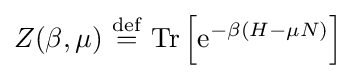
Z(\beta ,\mu )\ {\stackrel {\mathrm {def} }{=}}\ \mathrm {Tr} \left[\mathrm {e} ^{-\beta \left(H-\mu N\right)}\right]